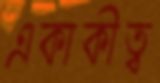
একাকীত্ব